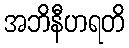
အဘိနီဟရတိ